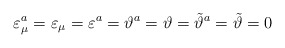
\begin{align*}\varepsilon_\mu^a = \varepsilon_\mu = \varepsilon^a = \vartheta^a = \vartheta=\tilde\vartheta^a = \tilde\vartheta =0 \end{align*}